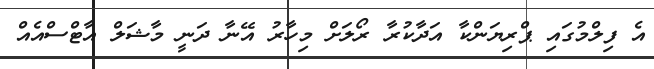
އެ ފިލްމުގައި ޕްރިޔަންކާ އަދާކުރާ ރޯލަށް މިހާރު އޭނާ ދަނީ މާޝަލް އާޓްސްއެއް